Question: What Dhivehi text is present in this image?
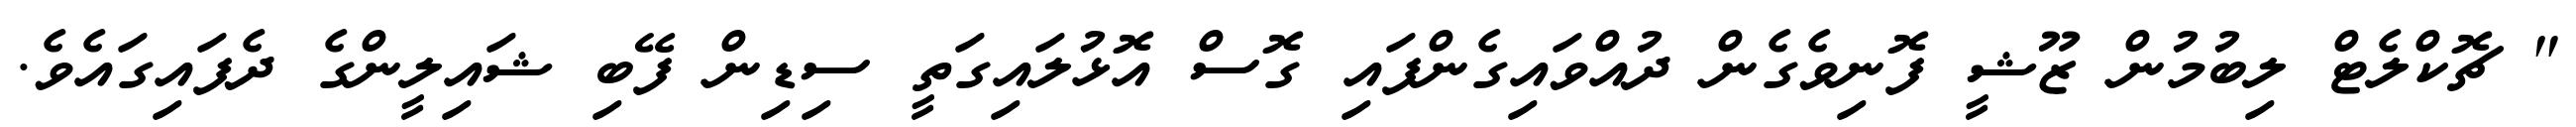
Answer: " ޗޮކްލެޓް ލިބުމުން ޒޫޝީ ފޮނިވެގެން ދުއްވައިގެންފައި ގޮސް އޮޅުލައިގަތީ ސިޑިން ފޭބި ޝައިލީންގެ ދެފައިގައެވެ.